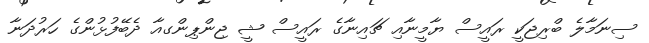
ސިނަމާލެ ބްރިޖަކީ ރައީސް ޔާމީނާއި ޗައިނާގެ ރައީސް ޝީ ޖިންޕިންގއާ ދެބޭފުޅުންގެ ހަރުދަނާ